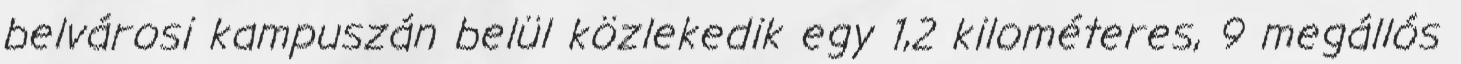
belvárosi kampuszán belül közlekedik egy 1,2 kilométeres, 9 megállós